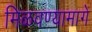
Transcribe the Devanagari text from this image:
मिळवण्यामागे